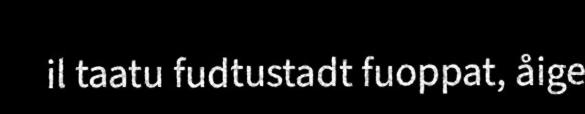
il taatu fudtustadt fuoppat, åige